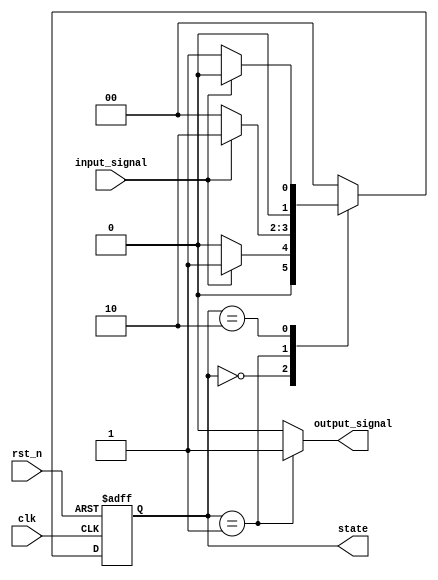
module moore_state_machine (
    input wire clk,         // Clock signal
    input wire rst_n,      // Active low reset signal
    input wire input_signal,// Input signal to control state transitions
    output reg [1:0] state, // Current state (2 bits for 3 states)
    output reg output_signal // Output signal based on the current state
);

// State encoding
localparam S0 = 2'b00; // State 0
localparam S1 = 2'b01; // State 1
localparam S2 = 2'b10; // State 2

// State register
always @(posedge clk or negedge rst_n) begin
    if (!rst_n) begin
        state <= S0; // Initialize to state S0 on reset
    end else begin
        case (state)
            S0: if (input_signal) state <= S1; else state <= S0;
            S1: if (input_signal) state <= S2; else state <= S0;
            S2: if (input_signal) state <= S0; else state <= S1;
            default: state <= S0; // Default case to avoid latches
        endcase
    end
end

// Output logic based on the current state
always @(*) begin
    case (state)
        S0: output_signal = 1'b0; // Output when in state S0
        S1: output_signal = 1'b1; // Output when in state S1
        S2: output_signal = 1'b0; // Output when in state S2
        default: output_signal = 1'b0; // Default output
    endcase
end

endmodule